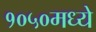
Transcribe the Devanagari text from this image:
१०५०मध्ये